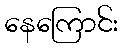
နေကြောင်း